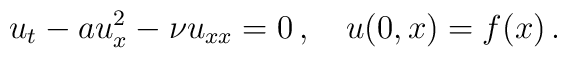
u_t-au_x^2-{\nu}{u}_{xx}=0\,, \quad  u(0,x)=f(x) \,.